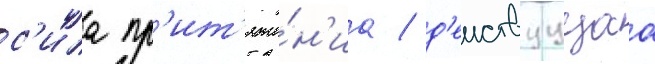
с'ила пр'ит'яже́н'иа / д'еиствуущаа